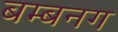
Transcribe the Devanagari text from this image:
बम्बनग